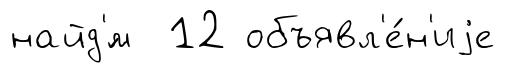
найд'́м 12 объявл'е́н'иjе